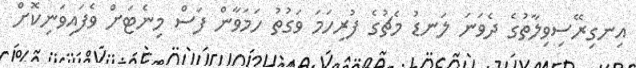
އިނގިރޭސިވިލާތުގެ ދެވަނަ ލަނޑު މެޗުގެ ފުރިހަމަ ވަގުތު ހަމަވާން ފަސް މިނެޓަށް ވެފައިވަނިކޮށް